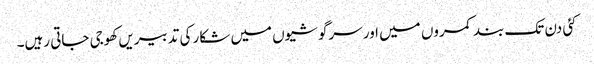
کئی دن تک بند کمروں میں اور سرگوشیوں میں شکار کی تدبیریں کھوجی جاتی رہیں۔